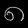
Digit: ၈